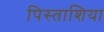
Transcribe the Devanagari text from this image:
पिस्ताशिया